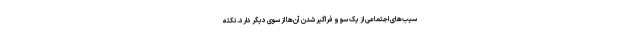
سیب‌های اجتماعی از یک سو و فراگیر شدن آن‌ها از سوی دیگر دارد. نکته